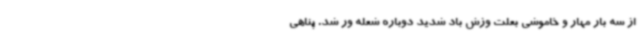
از سه بار مهار و خاموشی بعلت وزش باد شدید دوباره شعله ور شد. پناهی